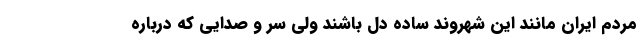
مردم ایران مانند این شهروند ساده دل باشند ولی سر و صدایی که درباره